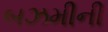
બઝમીની